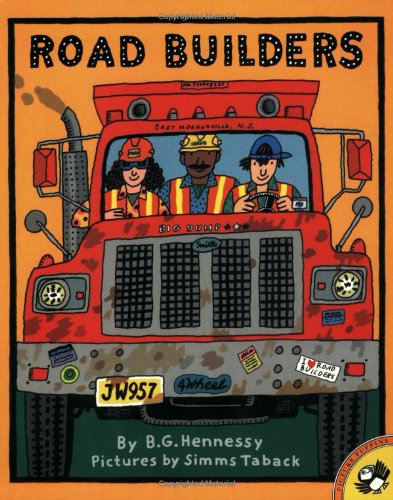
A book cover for Road Builders; B.G. Hennessy; Children's Books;